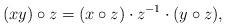
LaTeX: \begin{align*} (x y) \circ z = (x \circ z) \cdot z^{-1} \cdot (y \circ z), \end{align*}